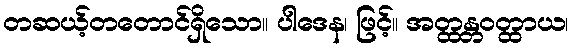
တဆယ့်တတောင်ရှိသော။ ပါဒေန၊ ဖြင့်။ အတ္ထန္တဝတ္ထာယ၊